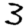
Digit: 3